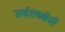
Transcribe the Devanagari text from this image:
अर्थरचनेची